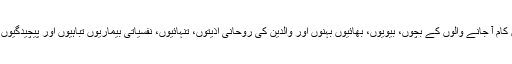
کبھی کسی نے سوچا کہ جنگ میں کام آ جانے والوں کے بچوں، بیویوں، بھائیوں بہنوں اور والدین کی رُوحانی اذیتوں، تنہائیوں، نفسیاتی بیماریوں تباہیوں اور پیچیدگیوں کی ذمہ داری کون قبول کرے گا؟